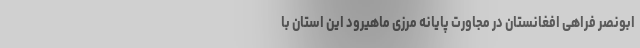
ابونصر فراهی افغانستان در مجاورت پایانه مرزی ماهیرود این استان با